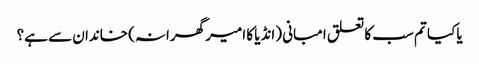
یا کیا تم سب کا تعلق امبانی (انڈیا کا امیر گھرانہ) خاندان سے ہے؟